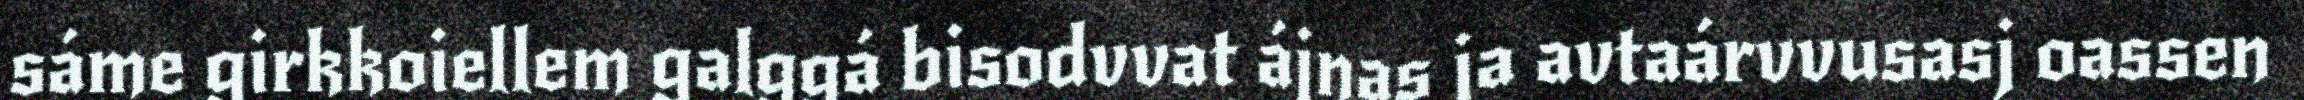
sáme girkkoiellem galggá bisodvvat ájnas ja avtaárvvusasj oassen